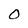
Character: 0